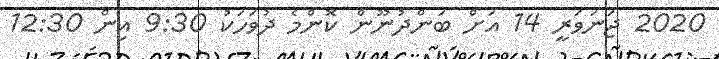
2020 ޖަނަވަރީ 14 އަށް ބަންދުނޫން ކޮންމެ ދުވަހަކު 9:30 އިން 12:30